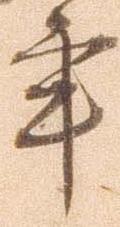
年